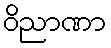
ဝိညာဏာ